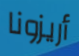
أريزونا